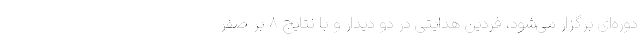
دوره‌ای برگزار می‌شود، فردین هدایتی در دو دیدار و با نتایج ۸ بر صفر